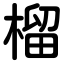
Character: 榴